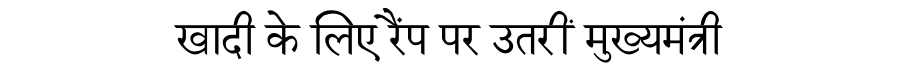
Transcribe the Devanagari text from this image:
खादी के लिए रैंप पर उतरीं मुख्यमंत्री